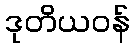
ဒုတိယဝန်